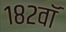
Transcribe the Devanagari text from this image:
१८२वॉ